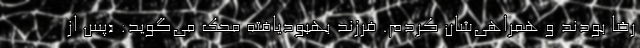
رضا بودند و همراهی‌شان کردم. فرزند بهبودیافته محک می‌گوید: «پس از